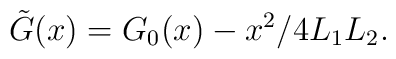
\tilde{G} (x)=G_0(x)-x^2/4L_1L_2.